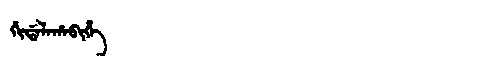
Manchu: ᡤᡳᡩᠠᠯᠠᡥᠠᠪᡳᡥᡝ
Romanization: GIDALAHABIHE